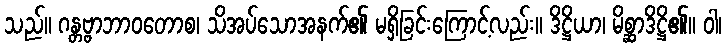
သည်။ ဂန္တဗ္ဗာဘာဝတောစ၊ သိအပ်သောအနက်၏ မရှိခြင်းကြောင့်လည်း။ ဒိဋ္ဌိယာ၊ မိစ္ဆာဒိဋ္ဌိ၏။ ဝါ၊